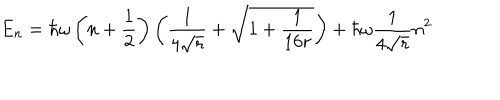
E _ { n } = \hbar \omega \left( n + \frac { 1 } { 2 } \right) \left( \frac { 1 } { 4 \sqrt { r } } + \sqrt { 1 + \frac { 1 } { 1 6 r } } \right) + \hbar \omega \frac { 1 } { 4 \sqrt { r } } n ^ { 2 }